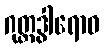
ဂုတ္တဒွါရောဝ